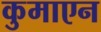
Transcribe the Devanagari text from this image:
कुमाएन